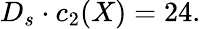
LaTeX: D_{s}\cdot c_{2}(X)=24.